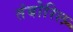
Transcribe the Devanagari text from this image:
तंबोरिल